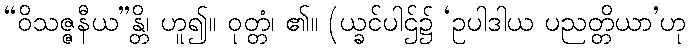
“ဝိသဇ္ဇနီယ”န္တိ၊ ဟူ၍။ ဝုတ္တံ၊ ၏။ (ယ္ခင်ပါဌ်၌ ‘ဥပါဒါယ ပညတ္တိယာ’ဟု